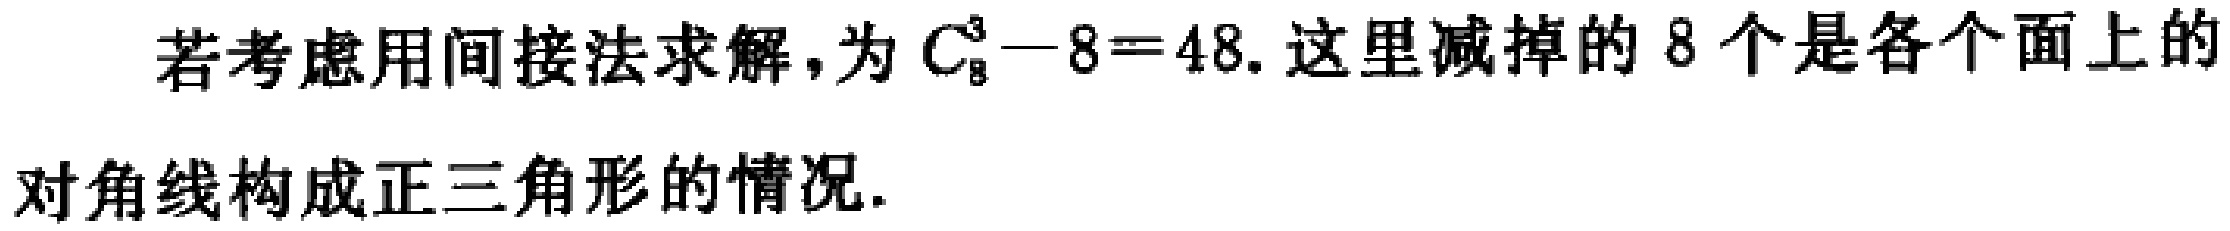
若考虑用间接法求解,为 \(C_{8}^{3}-8 = 48\). 这里减掉的 \(8\) 个是各个面上的对角线构成正三角形的情况.